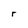
Character: r